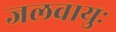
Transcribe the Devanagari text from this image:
जलवायुः